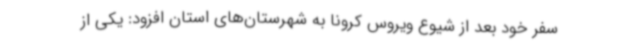
سفر خود بعد از شیوع ویروس کرونا به شهرستان‌های استان افزود: یکی از